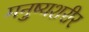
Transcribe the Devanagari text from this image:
मनुष्यशरीर